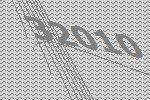
32010